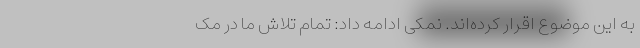
به این موضوع اقرار کرده‌‌‌اند. نمکی ادامه داد: تمام تلاش ما در مک